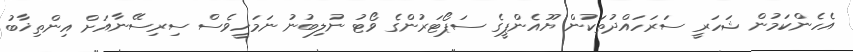
އެހެންކަމުން ޝަހަރީ ސަރަހައްދުތަކުން ޔޫއެންޕީގެ ސަޕޯޓަރުންގެ ވޯޓު ނުލިބުނު ނަމަހީވެސް ސިރިސޭނާއަށް އިންތިޚާބު